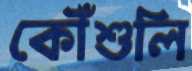
কৌঁশুলি